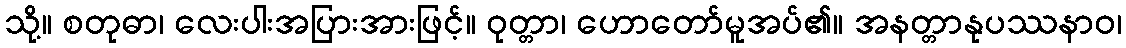
သို့။ စတုဓာ၊ လေးပါးအပြားအားဖြင့်။ ဝုတ္တာ၊ ဟောတော်မူအပ်၏။ အနတ္တာနုပဿနာဝ၊